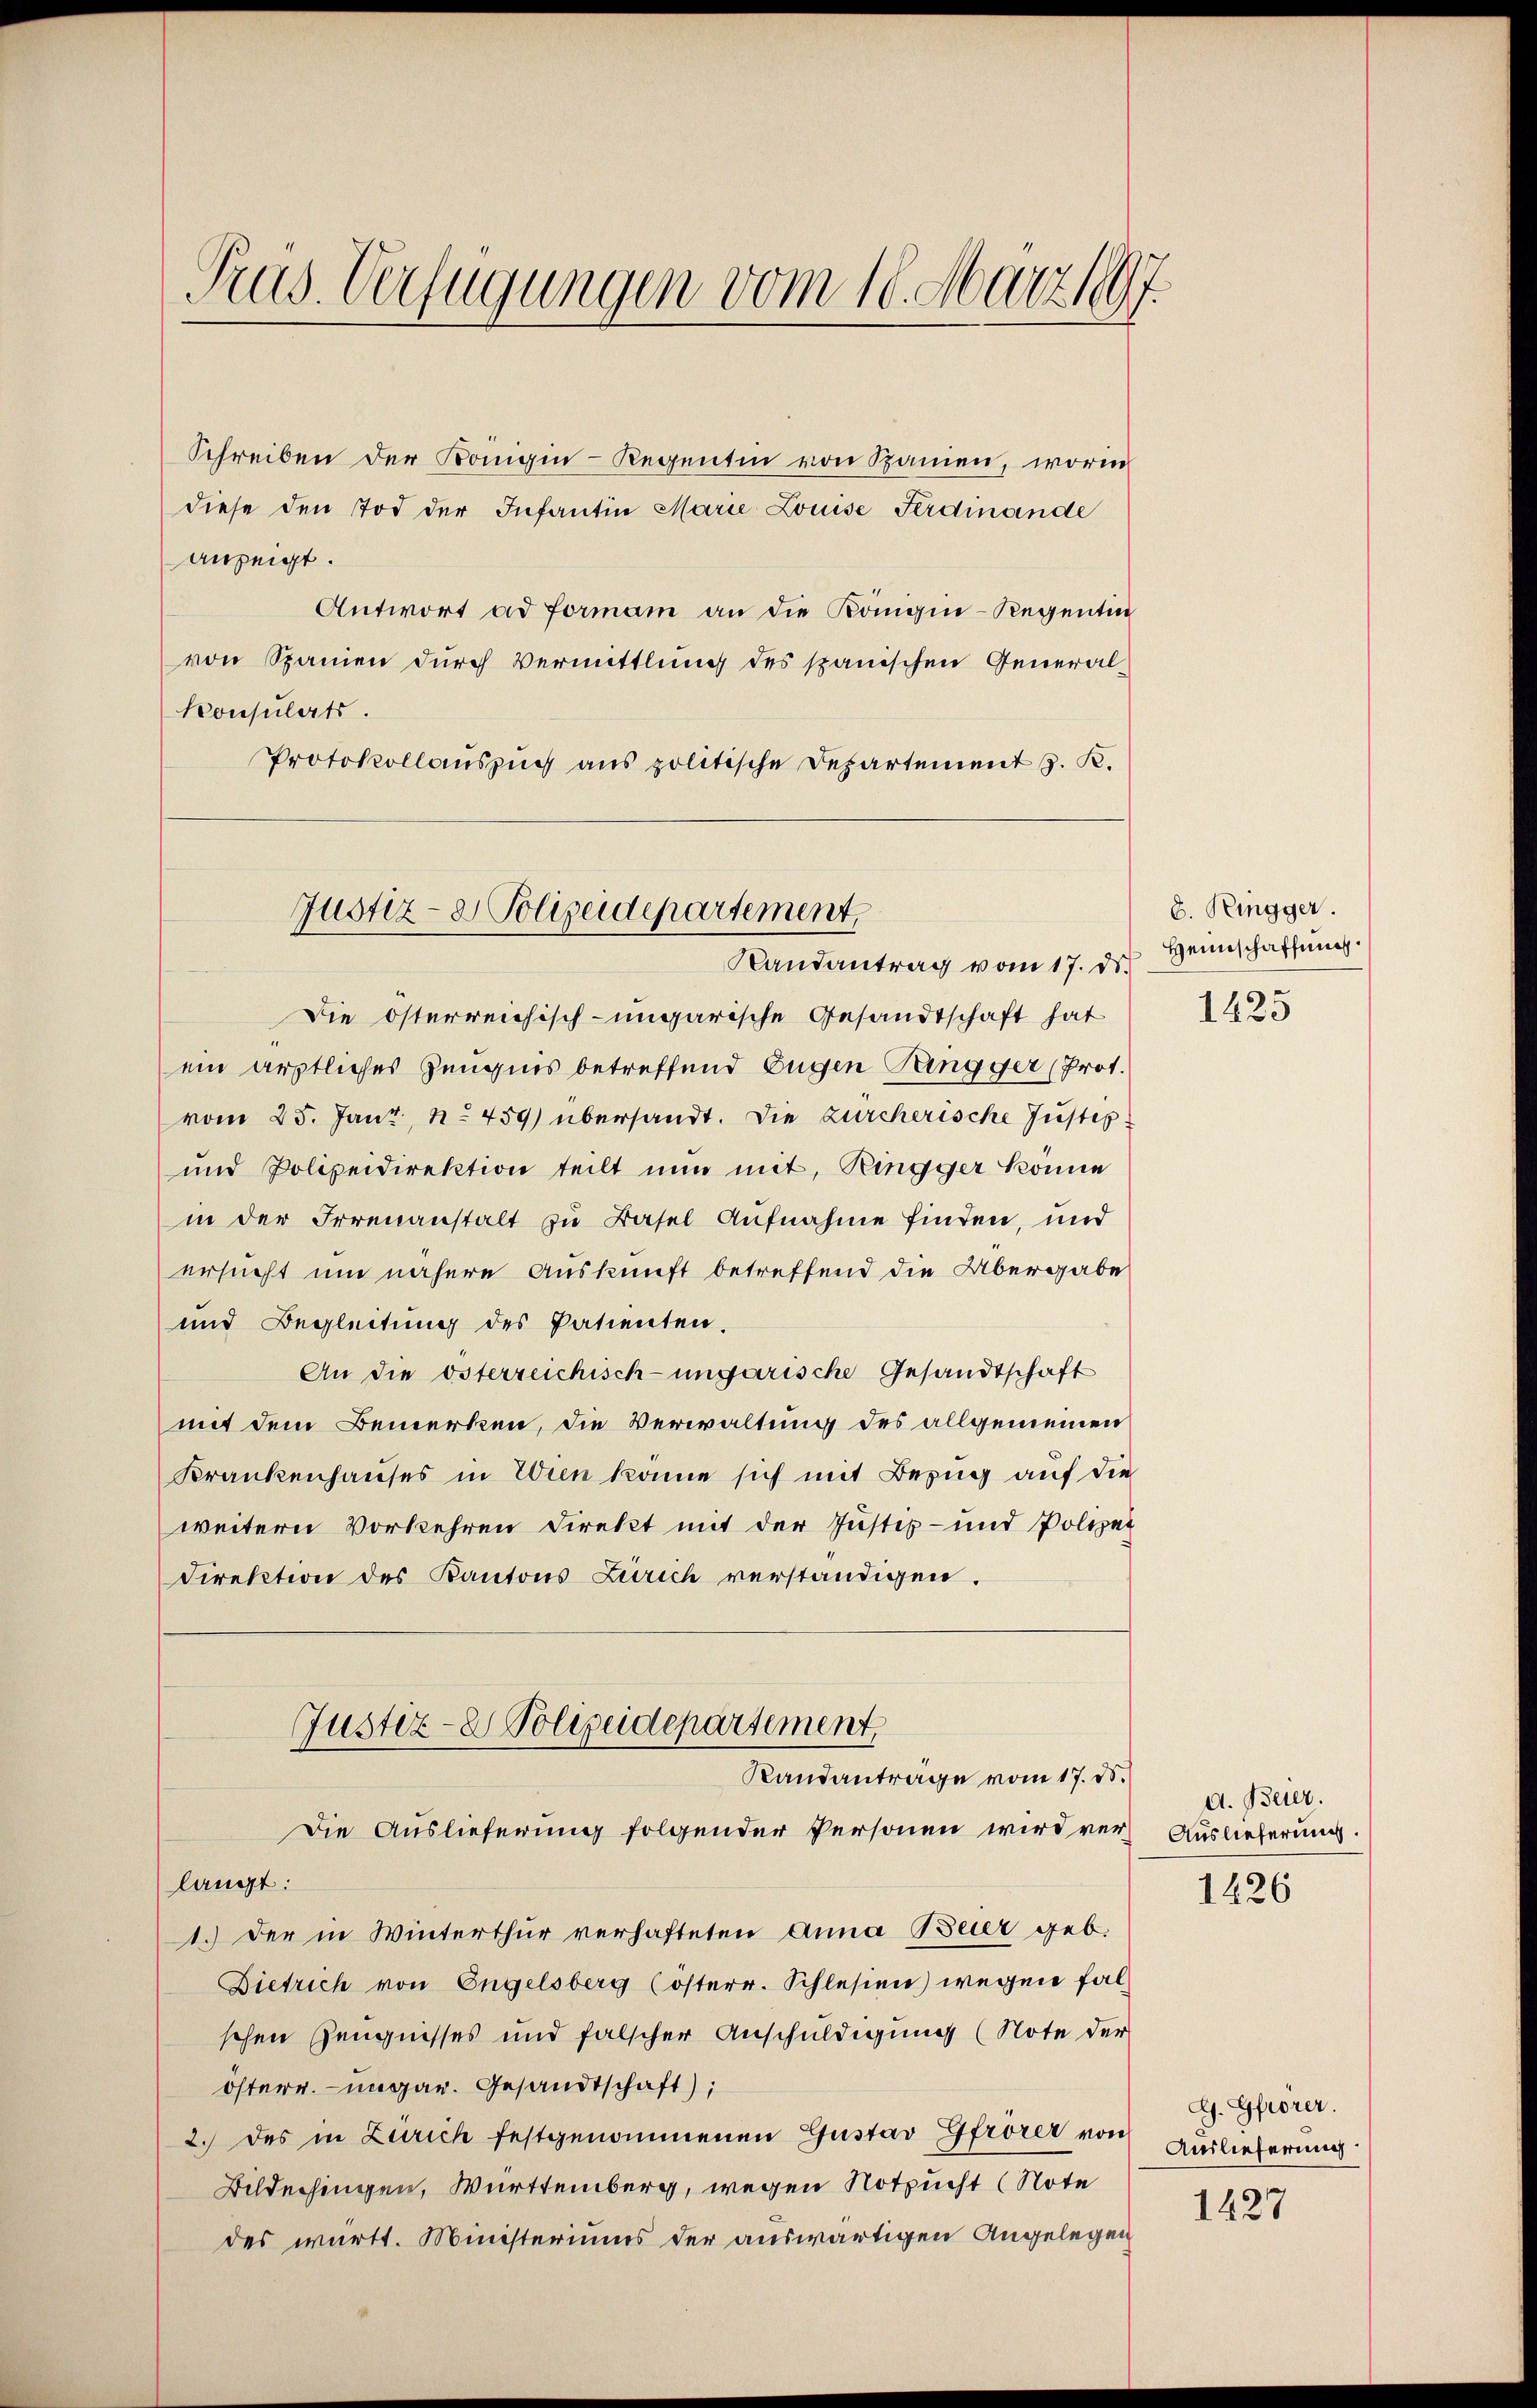
Prus. Verfügungen vom 18. März 1897.

Schreiben der Königin-Regentin von Spanien, worin
diese den Tod der Infantin Marie Louise Ferdinande
anzeigt.
Antwort ad forman an die Königin-Regentin
von Spanien durch Vermittlung des spanischen General-
Konsulats.
Protokollaŭszŭg ans politische Departement 5. K.

Justiz- & Polizeidepartement
Randantrag vom 17. des Heimschaffung.

Die österreichisch-ungarische Gesandtschaft hat
ein ärztliches Zeugnis betreffend Eugen Tangger (Prot.
vom 25. Janz, No. 459) übersandt. Die zürcherische Justiz¬
und Polizeidirektion teilt nun mit, Ringger könne
in der Irrenanstalt zu Basel Aufnahme finden, und
ersucht um nähere Auskunft betreffend die Übergabe
und Begleitung des Patienten.
An die österreichisch-ungarische Gesandtschaft
mit dem Bemerken, die Verwaltung des allgemeinen
Krankenhauses in Wien könne sich mit Bezug auf die
weitern Vorkehren Direkt mit der Justiz- und Polizei
Direktion des Kantons Zürich verständigen.
Justiz- & Polizeidepartement
Randanträge vom 17. d.
Die Auslieferung folgender Personen wird vers Auslieferung.
langt:
1.) Der in Winterthur verhafteten Anna Beier geb.
Dietrich von Engelsberg (österr. Schlesien) wegen falschen Zeugnisses und falscher Anschuldigung (Note der
österr. ungar. Gesandtschaft);
2.) des in Zürich festgenommenen Gustav Gfrörer von Auslieferung
Bildechingen, Württemberg, wegen Notzucht (Note
des württ. Ministeriums der auswärtigen Angelegen

8. Ringger.

1425

d. Beier.
1426

G. Gfrörer.

1427